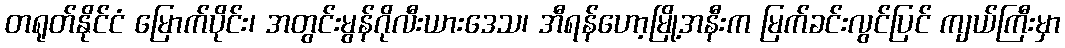
တရုတ်နိုင်ငံ မြောက်ပိုင်း၊ အတွင်းမွန်ဂိုလီးယားဒေသ၊ အီရန်ဟော့မြို့အနီးက မြက်ခင်းလွင်ပြင် ကျယ်ကြီးမှာ